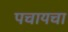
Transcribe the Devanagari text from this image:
पचायचा